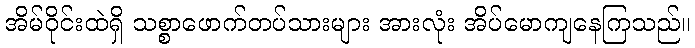
အိမ်ဝိုင်းထဲရှိ သစ္စာဖောက်တပ်သားများ အားလုံး အိပ်မောကျနေကြသည်။